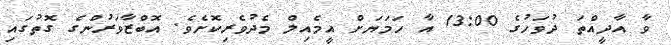
ވާ އާދީއްތަ ދުވަހުގެ 13:00 އާ ހަމަޔަށް އީމެއިލް މެދުވެރިކޮށެވެ. އޮބްޒާވަރުންގެ ގޮތުގައި